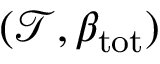
( \mathcal { T } , \beta _ { \mathrm { t o t } } )